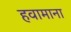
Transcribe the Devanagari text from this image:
हवामाना